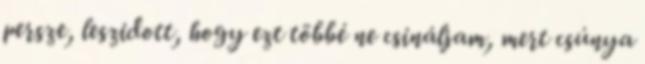
persze, leszidott, hogy ezt többé ne csináljam, mert csúnya